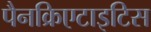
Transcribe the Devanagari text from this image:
पैनक्रिएटाइटिस